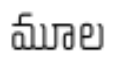
మూల